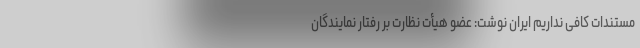
مستندات کافی نداریم ایران نوشت: عضو هیأت نظارت بر رفتار نمایندگان